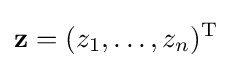
\mathbf {z} =(z_{1},\ldots ,z_{n})^{\mathrm {T} }